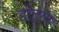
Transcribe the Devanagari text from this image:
होट्ल